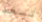
تسعد